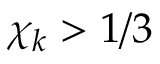
\chi _ { \boldsymbol { k } } > 1 / 3